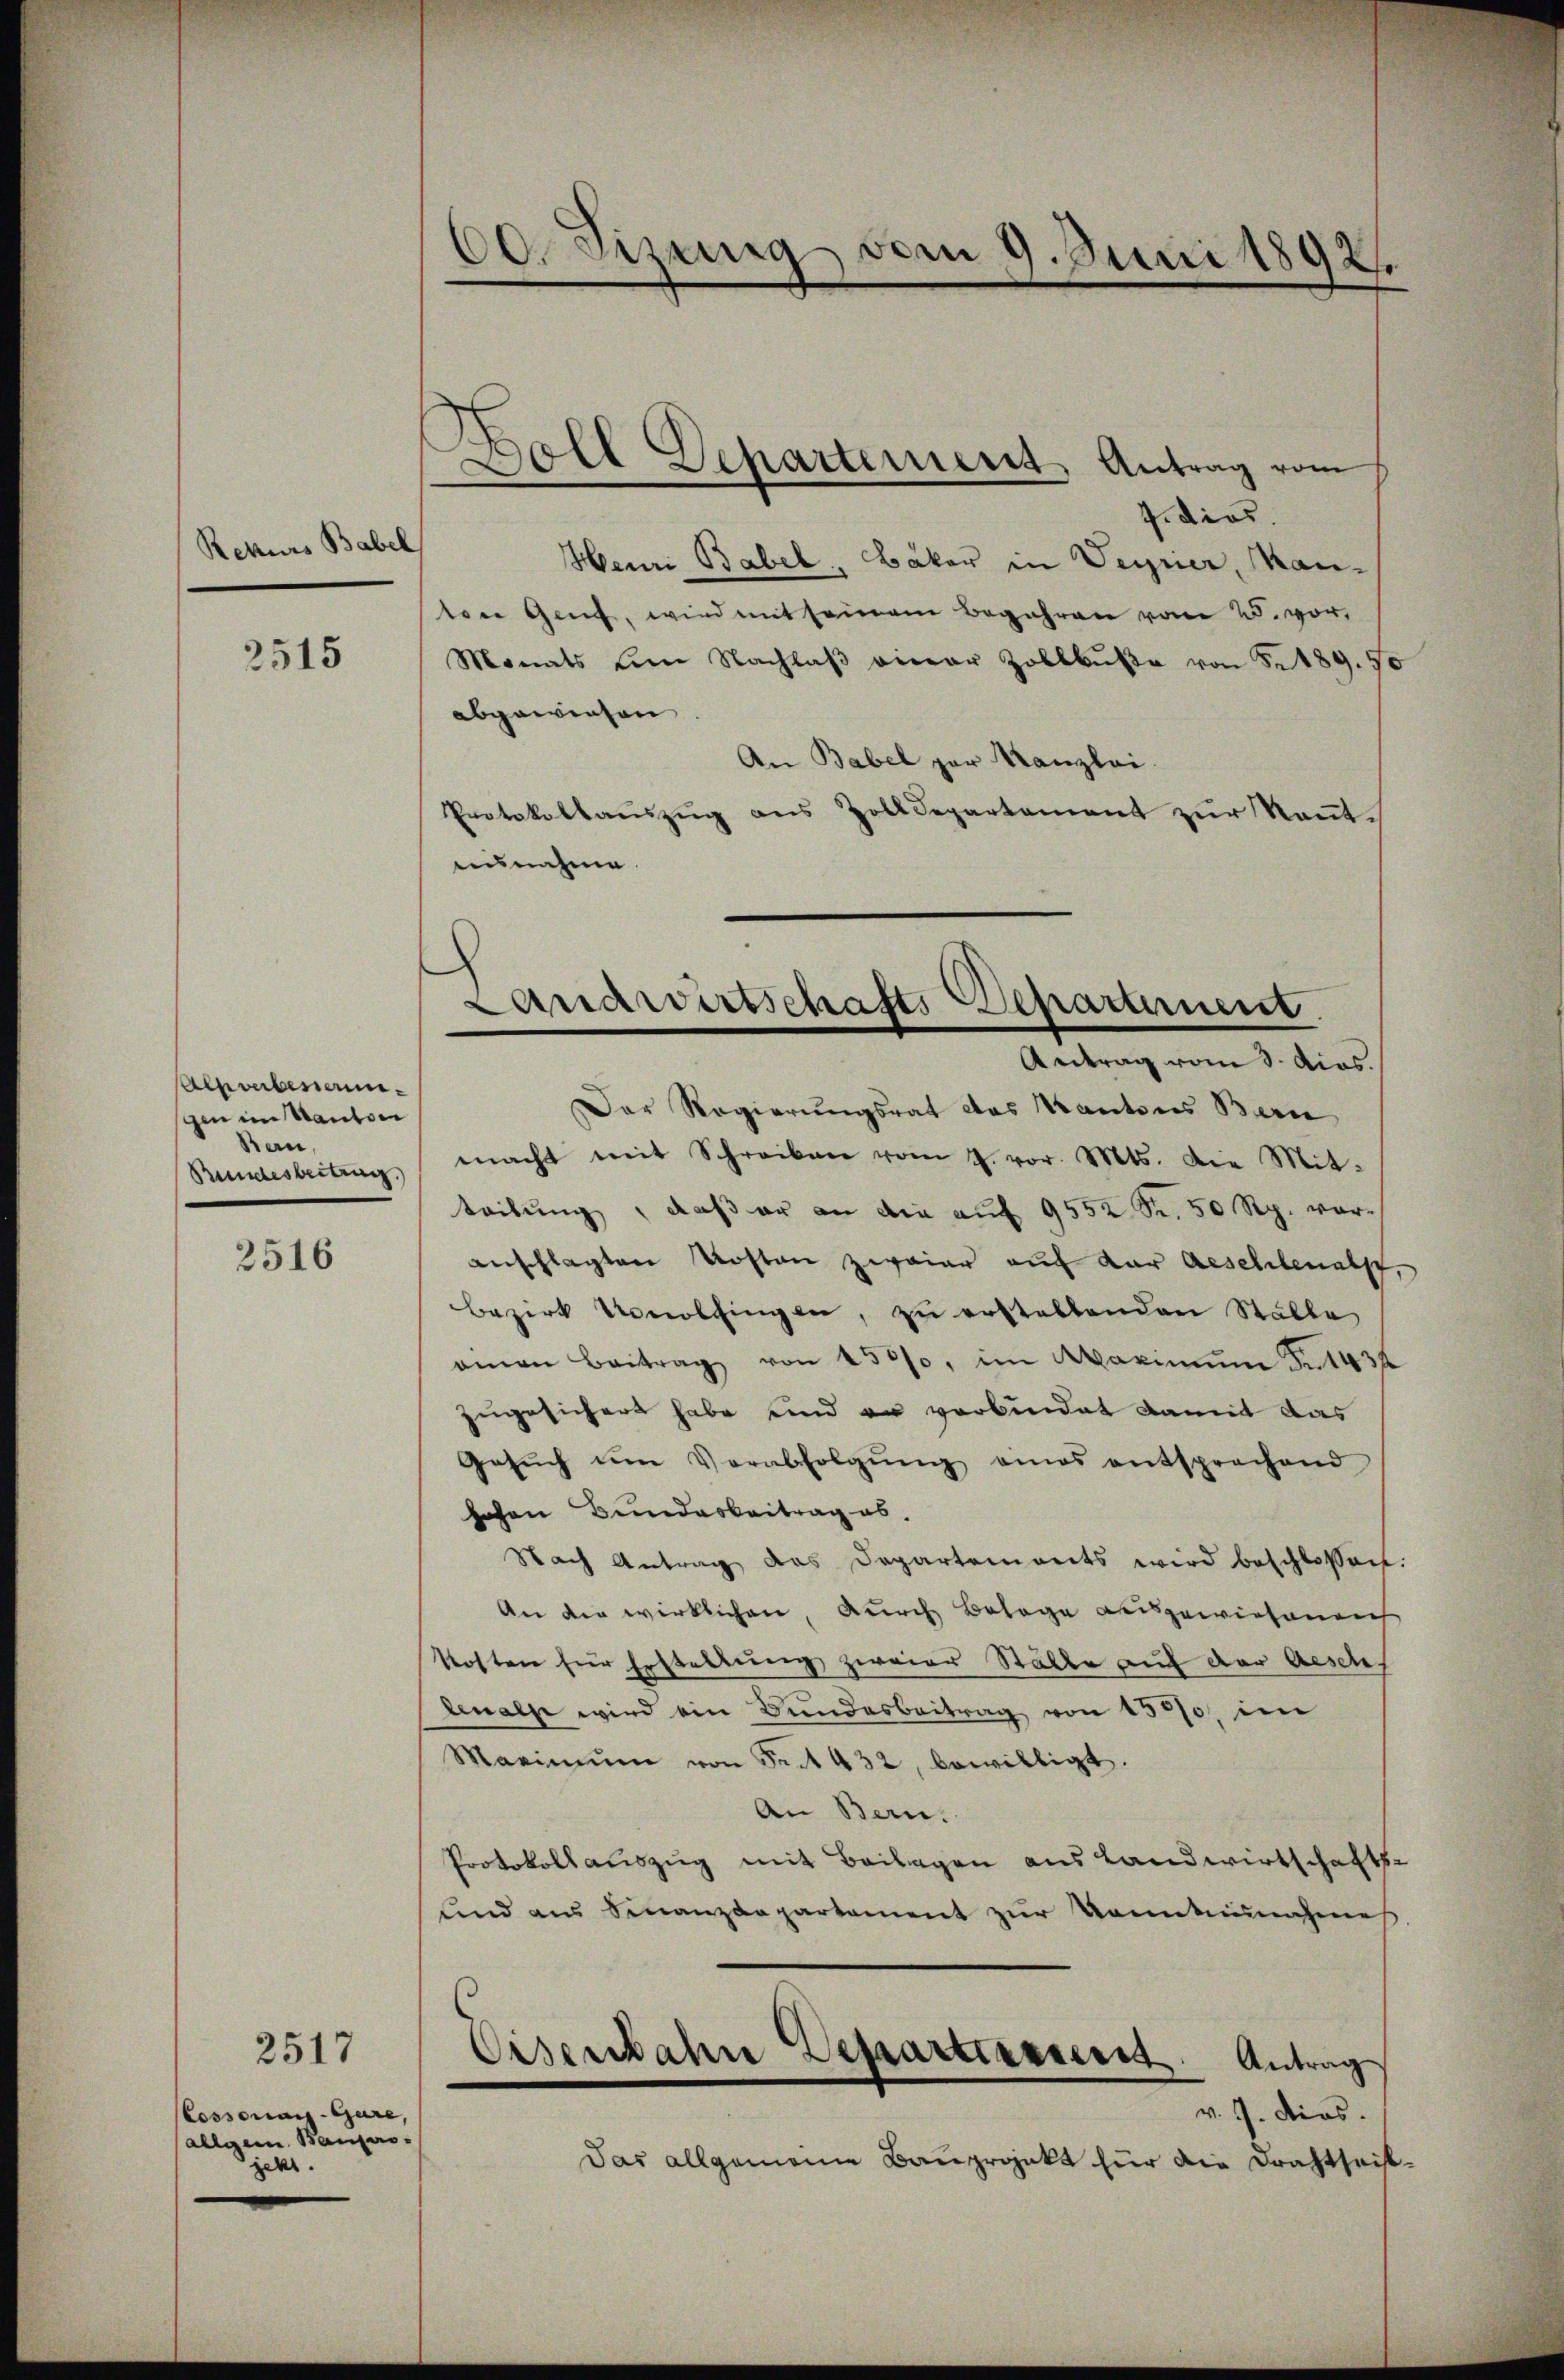
Rekurs Babel

2515

Alpverbesserungen im Kanton
Bau,
Bundesbeitrag.)

2516

Cossonnig-Gure,
allgem. Baupro-
jetzt.

2517

60. Sizung vom 9. Juni 1892.

t
7. dies.
Henri Babel, Bäker in Verner, Kanten Genf, wird mit seinem Begehren vom 25. vor,
Monats um Nachlaβ einer Zollbŭβe von 5 189. 50
abgewiesen
An Babel par Kanzlei.
Protokollaŭszŭg ans Zolldepartement zŭr Keṅt-
ausnahme

E
Joll Departement Antrag vom

Lanawirtschafts Departement
Antrag vom 3. Acas.

Eisenbahre Departiesseres Antrag

Der Regierungsrat das Kantons Bern
macht mit Schreiben vom 4. vor. Mts. Die Mit-
teibung, daß er an die auf 9552 Fr. 50 Rp. voranschlagten Kosten zwaiar auf dar Aeschlenalp,
bezirk Konolfingen, zŭ erstellenden Ställe
amon Beitrag von 15000, im Warmŭm Fr. 1432
zugesichert habe und er verbundet damit das
Gesŭch ŭm Verabfolgŭng eines entsprechend
hohen Bundesbeitrag ab.
Nach Antrag das Departements wird beschlossen:
An die wirklichen, durch Belage ausgewiesenen
kosten für Erstellung zweier Ställe auf der Aesch.
denalpe wird ein Bundesbeitrag von 15000, im
Maximŭm von Seit 432, bewilligt.
An Bern.
Protokollauszug mit Beilagen aus Landwirtschafts-
und aus Finanzdepartament zŭr Konntennahmes
v. J. dies
Das allgemeine Bauprojekt für die Drahtseit